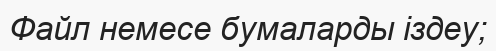
Файл немесе бумаларды іздеу;